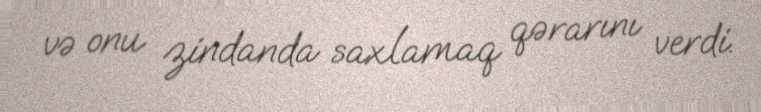
və onu zindanda saxlamaq qərarını verdi.